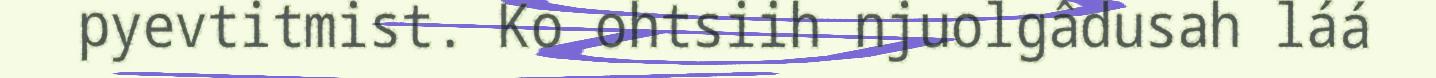
pyevtitmist. Ko ohtsiih njuolgâdusah láá